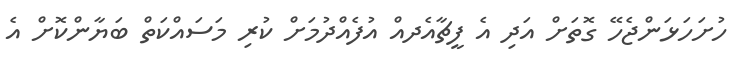
ހުށަހަޅަންޖެހޭ ގޮތަށް އަދި އެ ފީޗާއެދއް އުފެއްދުމަށް ކުރި މަސައްކަތް ބަޔާންކޮށް އެ